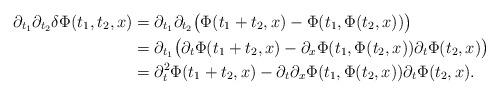
LaTeX: \begin{align*}\partial_{t_1}\partial_{t_2}\delta\Phi(t_1,t_2,x)&=\partial_{t_1}\partial_{t_2}\bigl(\Phi(t_1+t_2,x)-\Phi(t_1,\Phi(t_2,x))\bigr)\\&=\partial_{t_1}\bigl(\partial_t\Phi(t_1+t_2,x)-\partial_x\Phi(t_1,\Phi(t_2,x))\partial_t\Phi(t_2,x)\bigr)\\&=\partial_t^2\Phi(t_1+t_2,x)-\partial_t\partial_x\Phi(t_1,\Phi(t_2,x))\partial_t\Phi(t_2,x).\end{align*}